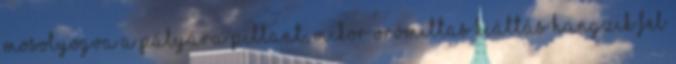
mosolyogva a pályára pillant, mikor örömittas kiáltás hangzik fel